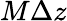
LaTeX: M\Delta z